Scottish Leaving Certificate Examination, 1952
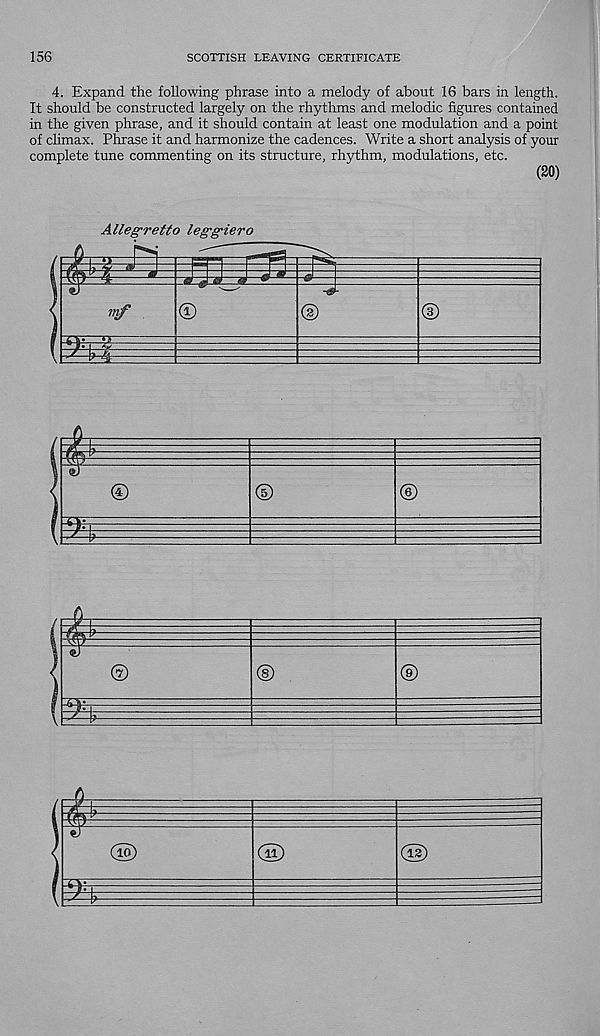
156
SCOTTISH LEAVING CERTIFICATE
4. Expand the following phrase into a melody of about 16 bars in length.
It should be constructed largely on the rhythms and melodic figures contained
in the given phrase, and it should contain at least one modulation and a point
of climax. Phrase it and harmonize the cadences. Write a short analysis of your
complete tune commenting on its structure, rhythm, modulations, etc.
(20)
Allegretto leggiero
=p:
©
m
©
m